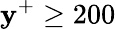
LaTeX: \mathbf{y}^{+}\geq200